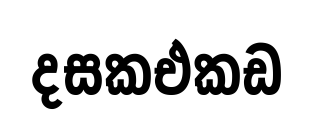
දසකඑකඩ